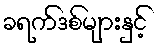
ခရက်ဒစ်များနှင့်